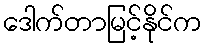
ဒေါက်တာမြင့်နိုင်က